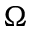
\Omega